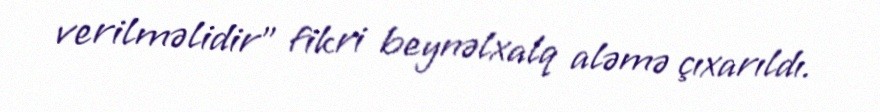
verilməlidir” fikri beynəlxalq aləmə çıxarıldı.